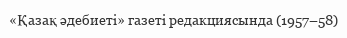
«Қазақ әдебиеті» газеті редакциясында (1957–58)